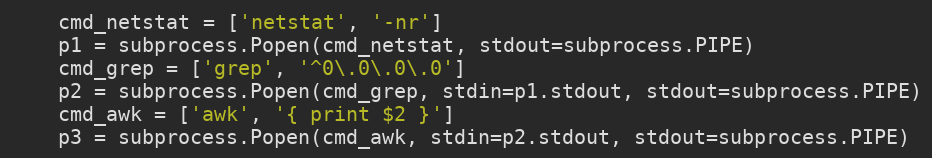
Language: Python
    cmd_netstat = ['netstat', '-nr']
    p1 = subprocess.Popen(cmd_netstat, stdout=subprocess.PIPE)
    cmd_grep = ['grep', '^0\.0\.0\.0']
    p2 = subprocess.Popen(cmd_grep, stdin=p1.stdout, stdout=subprocess.PIPE)
    cmd_awk = ['awk', '{ print $2 }']
    p3 = subprocess.Popen(cmd_awk, stdin=p2.stdout, stdout=subprocess.PIPE)